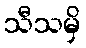
သီသမှိ